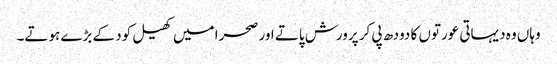
وہاں وہ دیہاتی عورتوں کا دودھ پی کر پرورش پاتے اور صحرا میں کھیل کود کے بڑے ہوتے۔